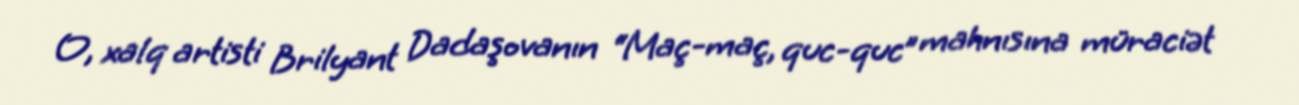
O, xalq artisti Brilyant Dadaşovanın “Maç-maç, quc-quc” mahnısına müraciət